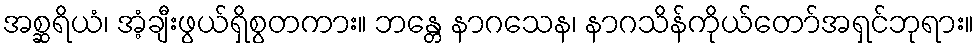
အစ္ဆရိယံ၊ အံ့ချီးဖွယ်ရှိစွတကား။ ဘန္တေ နာဂသေန၊ နာဂသိန်ကိုယ်တော်အရှင်ဘုရား။